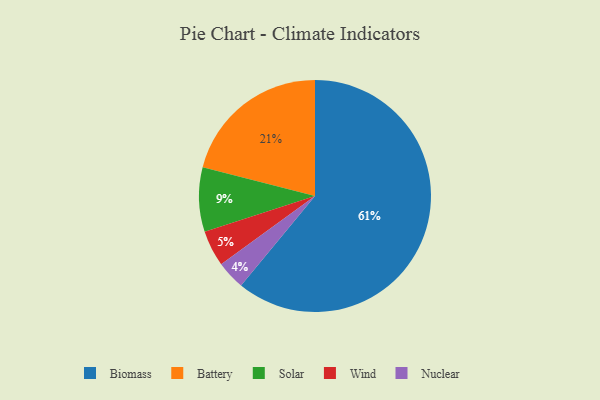
{"axis": {"x": "Category", "y": "Percentage"}, "legend": ["Battery", "Biomass", "Nuclear", "Solar", "Wind"], "data": [{"x": "Biomass", "y": 61, "type": "Biomass"}, {"x": "Wind", "y": 5, "type": "Wind"}, {"x": "Nuclear", "y": 4, "type": "Nuclear"}, {"x": "Battery", "y": 21, "type": "Battery"}, {"x": "Solar", "y": 9, "type": "Solar"}]}